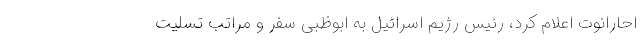
احارانوت اعلام کرد، رئیس رژیم اسرائیل به ابوظبی سفر و مراتب تسلیت